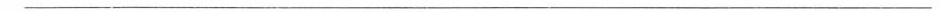
___